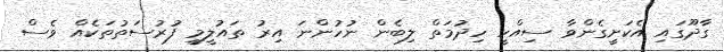
ގާދޫގައި އެކަށީގެންވާ ސިއްހީ ހިދުމަތް ލިބެން ނުހުންނަ އިރު ތައުލީމީ ފުރުސަތުތަކެއް ވެސް